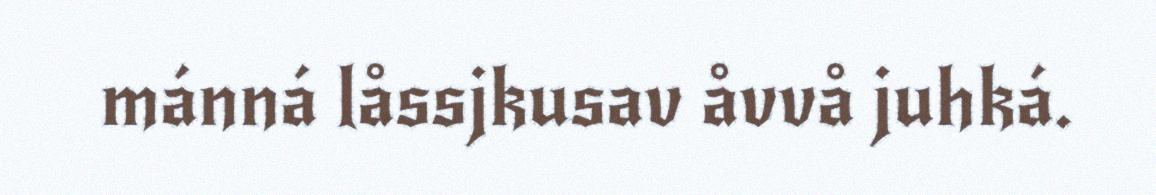
mánná låssjkusav åvvå juhká.